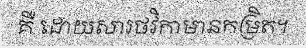
គឺ ដោយសារថវិកាមានកម្រិត។